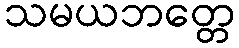
သမယဘတ္တေ